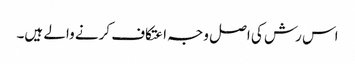
اس رش کی اصل وجہ اعتکاف کرنے والے ہیں۔